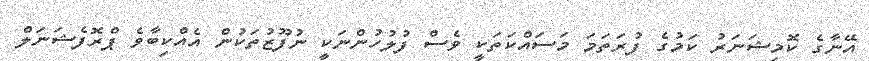
އޭނާގެ ކޮމިޝަނަރު ކަމުގެ ފުރަތަމަ މަސައްކަތަކީ ވެސް ފުލުހުންނަކީ ނުފޫޒުތަކުން އެއްކިބާވެ ޕްރޮފެޝަނަލް